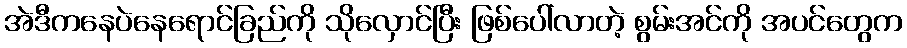
အဲဒီကနေပဲနေရောင်ခြည်ကို သိုလှောင်ပြီး ဖြစ်ပေါ်လာတဲ့ စွမ်းအင်ကို အပင်တွေက